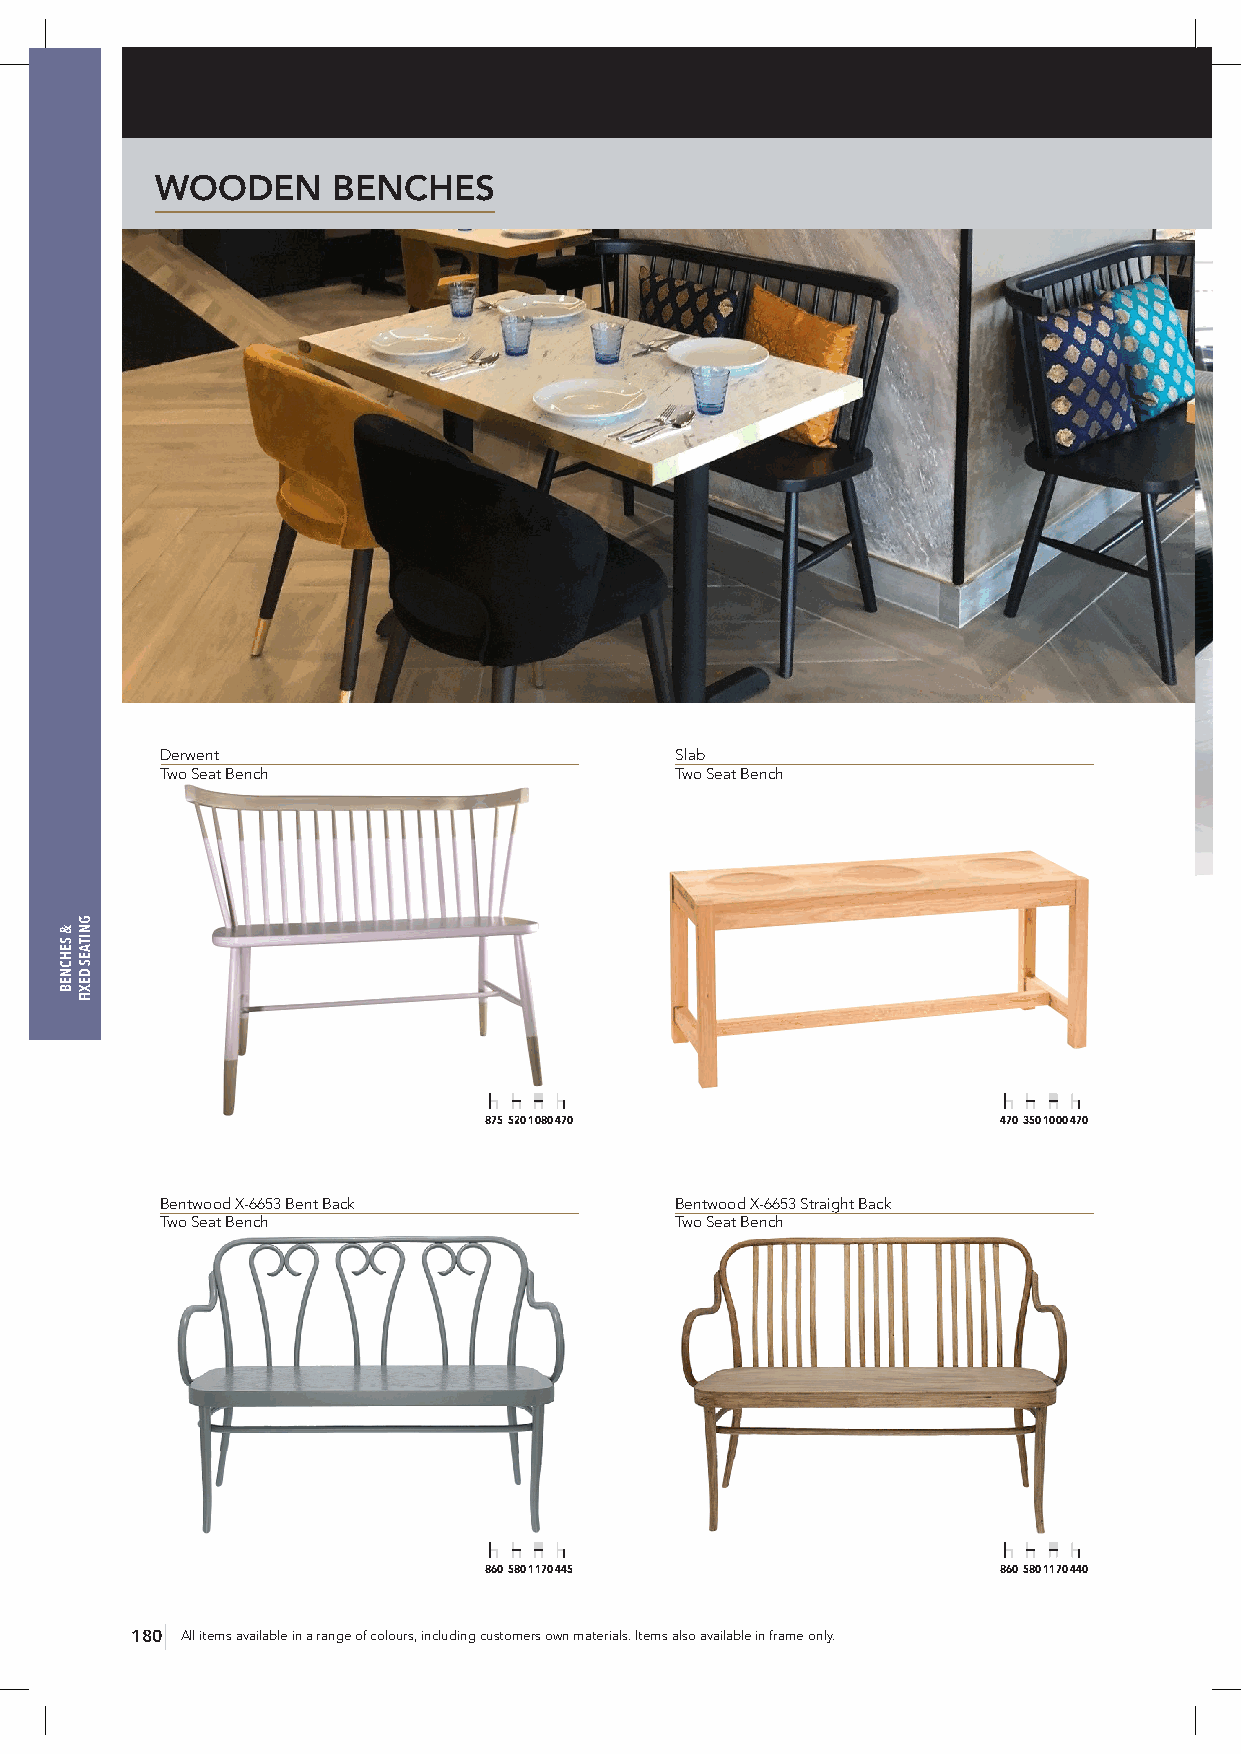
WOODEN      BENCHES
 Derwent                           Slab
 Two Seat Bench                    Two Seat Bench
 875 520 1080 470                  470 350 1000 470
 Bentwood X-6653 Bent Back         Bentwood X-6653 Straight Back
 Two Seat Bench                    Two Seat Bench
 860 580 1170 445                  860 580 1170 440
 180 All items available in a range of colours, including customers own materials. Items also available in frame only.
 &
 SEHCNEB
 GNITAES
 DEXIF